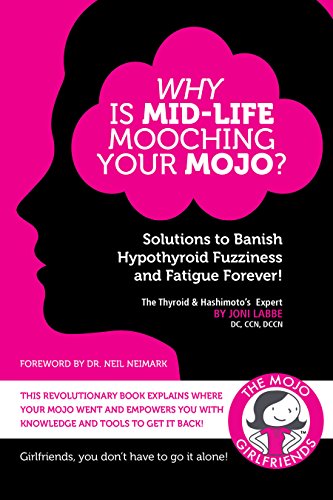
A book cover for Why Is MidLife Mooching Your Mojo?: Solutions to Banish Fuzziness and Fatigue Forever!; Joni Labbe; Self-Help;